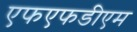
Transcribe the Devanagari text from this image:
एफएफडीएम